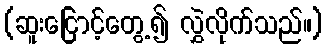
(ဆူးငြောင့်တွေ့၍ လွှဲလိုက်သည်။)